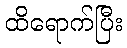
ထိရောက်ပြီး